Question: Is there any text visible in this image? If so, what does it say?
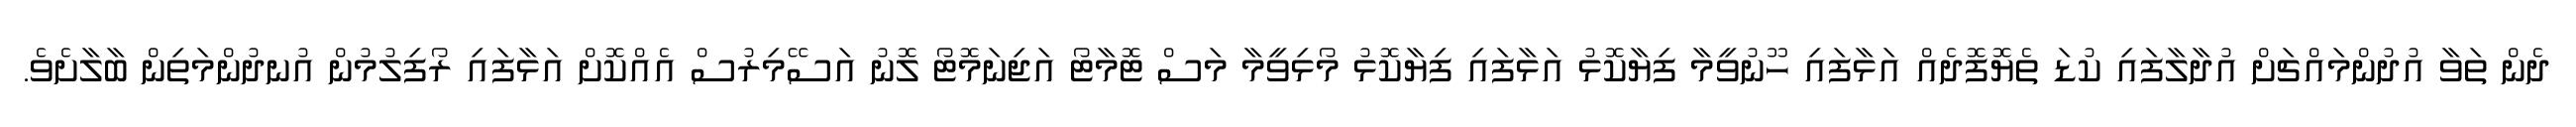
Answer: ދެން ތަވާ އުދުންމައްޗަށް އުދާލާފައި ކުޑަ ތެޔޮފޮދެއް އަޅާފައި ހޫނުވީމާ ފިޔާކޮޅު އަޅާފައި ފިޔާކޮޅު މޯޅިވީމާ މަސް ޓޮމާޓޯ އަޖިނަމޮޓޯ ލޮނު އަސޭމިރުސް އެއްކޮށް އަޅާފައި ރޯފިލުމުން އުނދުންމަތިން ބާލާށެވެ.